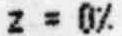
Z = 0%